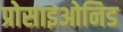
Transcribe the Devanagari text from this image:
प्रोसाइओनिड